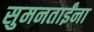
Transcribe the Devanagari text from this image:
सुमनताईंना